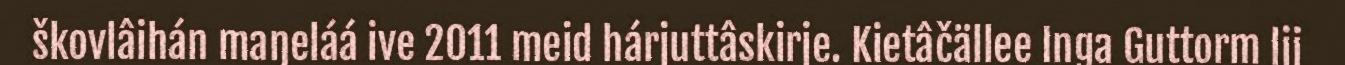
škovlâihán maŋeláá ive 2011 meid hárjuttâskirje. Kietâčällee Inga Guttorm lii